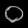
Digit: ၀